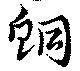
鮦